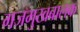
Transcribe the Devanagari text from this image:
गजमुखबालक